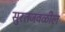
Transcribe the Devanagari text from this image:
सुरतजवळील